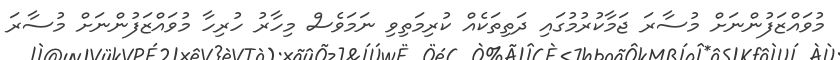
މުވައްޒަފުންނަށް މުސާރަ ޖަމާކުރުމުގައި ދަތިތަކެއް ކުރިމަތިވި ނަމަވެސް މިހާރު ހުރިހާ މުވައްޒަފުންނަށް މުސާރަ